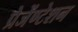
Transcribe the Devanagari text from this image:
प्रेजेंण्टेशन